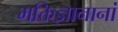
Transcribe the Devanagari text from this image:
भक्तिज्ञानानां